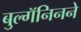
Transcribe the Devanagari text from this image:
बुल्गॅनिनने